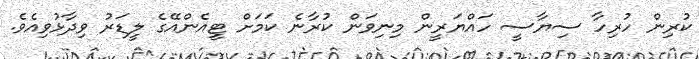
ކުރިން ހުރިހާ ސިޔާސީ ހައްޔަރީން މިނިވަން ކުރާނެ ކަމަށް ޓީއެންއޭގެ ލީޑަރު ވިދާޅުވިއެވެ.